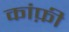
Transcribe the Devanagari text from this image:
कांफ़ी